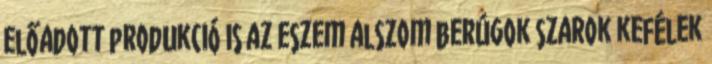
előadott produkció is az eszem alszom berúgok szarok kefélek